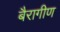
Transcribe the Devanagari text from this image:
बैरागीण